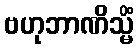
ဗဟုဘာဏိသ္မိံ